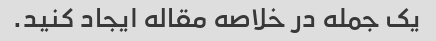
یک جمله در خلاصه مقاله ایجاد کنید.